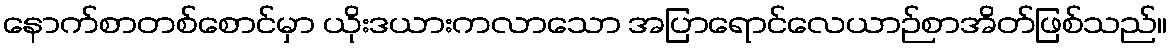
နောက်စာတစ်စောင်မှာ ယိုးဒယားကလာသော အပြာရောင်လေယာဉ်စာအိတ်ဖြစ်သည်။